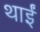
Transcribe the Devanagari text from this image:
थाईं